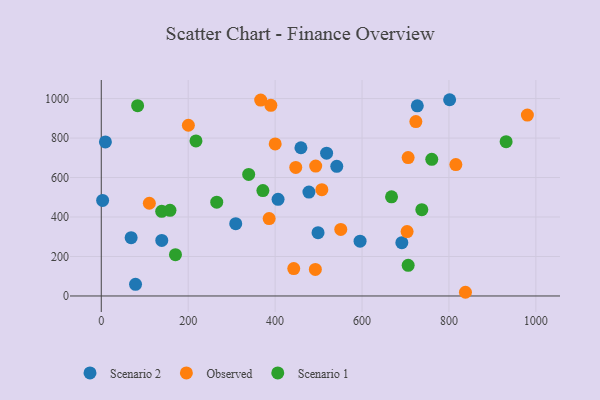
{"axis": {"x": "Distance", "y": "Salary"}, "legend": ["Observed", "Scenario 1", "Scenario 2"], "data": [{"x": "9.5", "y": 780.3, "type": "Scenario 2"}, {"x": "406.8", "y": 489.4, "type": "Scenario 2"}, {"x": "139.2", "y": 281.5, "type": "Scenario 2"}, {"x": "801.6", "y": 994.2, "type": "Scenario 2"}, {"x": "691.6", "y": 270.0, "type": "Scenario 2"}, {"x": "727.2", "y": 963.4, "type": "Scenario 2"}, {"x": "477.8", "y": 526.4, "type": "Scenario 2"}, {"x": "3.1", "y": 483.9, "type": "Scenario 2"}, {"x": "595.5", "y": 277.5, "type": "Scenario 2"}, {"x": "541.9", "y": 657.0, "type": "Scenario 2"}, {"x": "78.8", "y": 58.8, "type": "Scenario 2"}, {"x": "68.7", "y": 295.1, "type": "Scenario 2"}, {"x": "309.4", "y": 366.1, "type": "Scenario 2"}, {"x": "459.4", "y": 750.9, "type": "Scenario 2"}, {"x": "498.8", "y": 320.7, "type": "Scenario 2"}, {"x": "518.5", "y": 723.3, "type": "Scenario 2"}, {"x": "110.6", "y": 469.6, "type": "Observed"}, {"x": "551.1", "y": 337.1, "type": "Observed"}, {"x": "838.0", "y": 18.7, "type": "Observed"}, {"x": "507.6", "y": 538.7, "type": "Observed"}, {"x": "492.6", "y": 134.6, "type": "Observed"}, {"x": "815.9", "y": 665.5, "type": "Observed"}, {"x": "442.9", "y": 138.7, "type": "Observed"}, {"x": "703.7", "y": 326.4, "type": "Observed"}, {"x": "706.1", "y": 701.3, "type": "Observed"}, {"x": "386.3", "y": 392.1, "type": "Observed"}, {"x": "390.2", "y": 966.0, "type": "Observed"}, {"x": "366.8", "y": 992.2, "type": "Observed"}, {"x": "200.4", "y": 864.9, "type": "Observed"}, {"x": "723.9", "y": 883.7, "type": "Observed"}, {"x": "980.5", "y": 916.3, "type": "Observed"}, {"x": "447.5", "y": 651.0, "type": "Observed"}, {"x": "493.4", "y": 658.2, "type": "Observed"}, {"x": "400.2", "y": 770.1, "type": "Observed"}, {"x": "737.6", "y": 437.1, "type": "Scenario 1"}, {"x": "83.6", "y": 964.1, "type": "Scenario 1"}, {"x": "217.9", "y": 785.5, "type": "Scenario 1"}, {"x": "760.5", "y": 692.5, "type": "Scenario 1"}, {"x": "339.2", "y": 615.8, "type": "Scenario 1"}, {"x": "265.7", "y": 475.4, "type": "Scenario 1"}, {"x": "371.9", "y": 533.9, "type": "Scenario 1"}, {"x": "706.2", "y": 155.0, "type": "Scenario 1"}, {"x": "931.6", "y": 781.6, "type": "Scenario 1"}, {"x": "139.0", "y": 428.8, "type": "Scenario 1"}, {"x": "158.1", "y": 433.9, "type": "Scenario 1"}, {"x": "170.7", "y": 209.3, "type": "Scenario 1"}, {"x": "667.9", "y": 502.5, "type": "Scenario 1"}]}